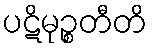
ပဋိမုဉ္စတီတိ